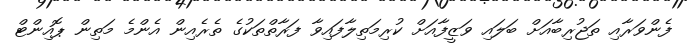
ފެންވަރާއި ތަޖުރިބާއަށް ބަލައި ވަޒީފާއަށް ކުރިމަތިލާފައިވާ ފަރާތްތަކުގެ ތެރެއިން އެންމެ މަތިން ޕޮއިންޓް